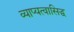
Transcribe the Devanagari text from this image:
व्याप्यत्वासिद्ध